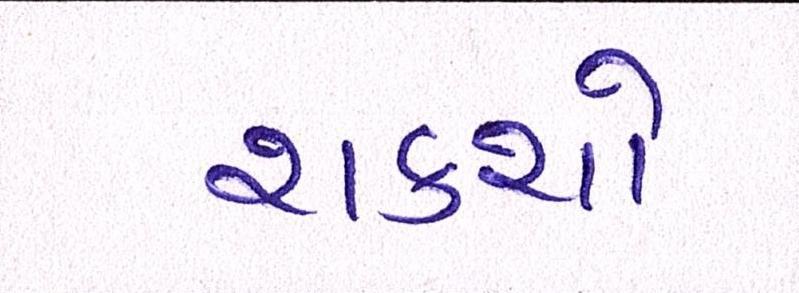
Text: શકશો